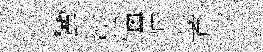
蠻秩惱屇著